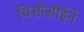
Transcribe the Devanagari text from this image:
बिसीसीईने